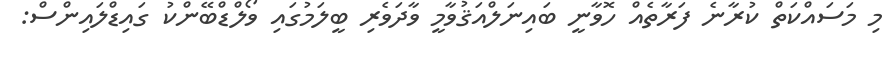
މި މަސައްކަތް ކުރާނެ ފަރާތެއް ހޮވާނީ ބައިނަލްއަޤުވާމީ ވާދަވެރި ބީލަމުގައި ވޯލްޑްބޭންކު ގައިޑްލައިންސް: